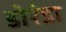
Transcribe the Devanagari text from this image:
डोरंडा